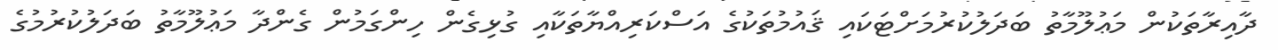
ދާއިރާތަކުން މަޢުލޫމާތު ބަދަލުކުރުމަށްޓަކައި ޤައުމުތަކުގެ އަސްކަރިއްޔާތަކާއި ގުޅިގެން ހިންގަމުން ގެންދާ މަޢުލޫމާތު ބަދަލުކުރުމުގެ